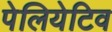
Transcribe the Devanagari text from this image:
पेलियेटिव